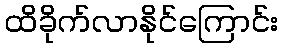
ထိခိုက်လာနိုင်ကြောင်း